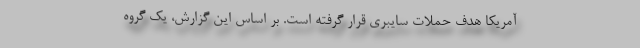
آمریکا هدف حملات سایبری قرار گرفته است. بر اساس این گزارش، یک گروه